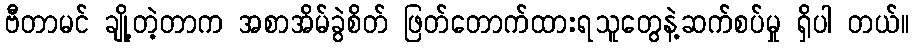
ဗီတာမင် ချို့တဲ့တာက အစာအိမ်ခွဲစိတ် ဖြတ်တောက်ထားရသူတွေနဲ့ဆက်စပ်မှု ရှိပါ တယ်။